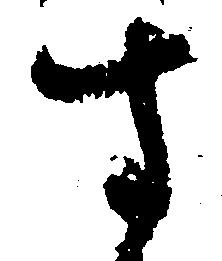
す